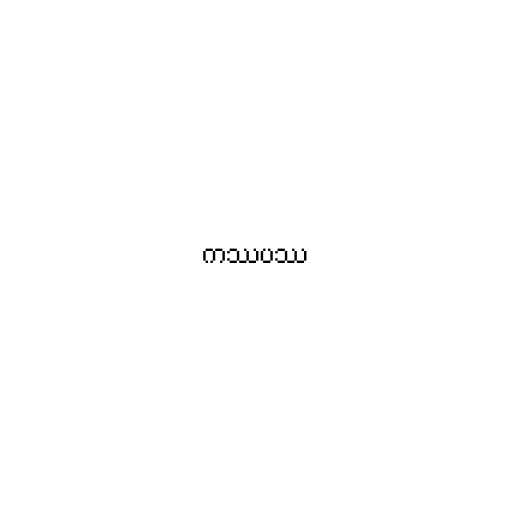
ကဿပဿ